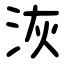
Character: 洃